Indian journal of veterinary science and animal husbandry - Volumes 15-17, 1948-1951
Year: 1948
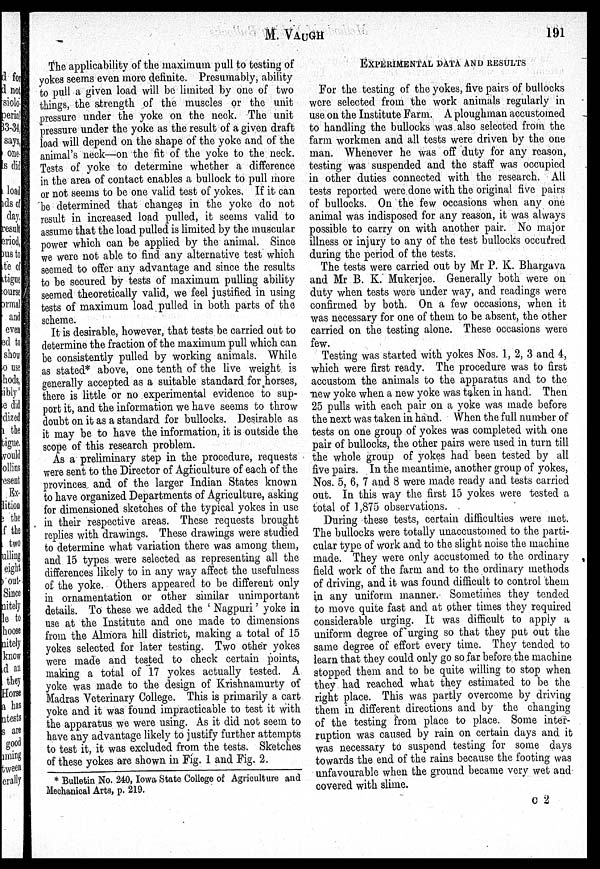
M.
VAUGH
191
The applicability of the maximum pull to testing of
yokes seems even more definite. Presumably, ability
to pull a given load will be limited by one of two
things, the strength of the muscles or the unit
pressure under the yoke on the neck. The unit
pressure under the yoke as the result of a given draft
load will depend on the shape of the yoke and of the
animal's neck—on the fit of the yoke to the neck.
Tests of yoke to determine whether a difference
in the area of contact enables a bullock to pull more
or not seems to be one valid test of yokes. If it can
be determined that changes in the yoke do not
result in increased load pulled, it seems valid to
assume that the load pulled is limited by the muscular
power which can be applied by the animal. Since
we were not able to find any alternative test which
seemed to offer any advantage and since the results
to be secured by tests of maximum pulling ability
seemed theoretically valid, we feel justified in using
tests of maximum load pulled in both parts of the
scheme.
It is desirable, however, that tests be carried out to
determine the fraction of the maximum pull which can
be consistently pulled by working animals. While
as stated* above, one tenth of the live weight is
generally accepted as a suitable standard for horses,
there is little or no experimental evidence to sup-
port it, and the information we have seems to throw
doubt on it as a standard for bullocks. Desirable as
it may be to have the information, it is outside the
scope of this research problem.
As a preliminary step in the procedure, requests
were sent to the Director of Agriculture of each of the
provinces and of the larger Indian States known
to have organized Departments of Agriculture, asking
for dimensioned sketches of the typical yokes in use
in their respective areas. These requests brought
replies with drawings. These drawings were studied
to determine what variation there was among them,
and 15 types were selected as representing all the
differences likely to in any way affect the usefulness
of the yoke. Others appeared to be different only
in ornamentation or other similar unimportant
details. To these we added the 'Nagpuri' yoke in
use at the Institute and one made to dimensions
from the Almora hill district, making a total of 15
yokes selected for later testing. Two other yokes
were made and tested to check certain points,
making a total of 17 yokes actually tested. A
yoke was made to the design of Krishnamurty of
Madras Veterinary College. This is primarily a cart
yoke and it was found impracticable to test it with
the apparatus we were using. As it did not seem to
have any advantage likely to justify further attempts
to test it, it was excluded from the tests. Sketches
of these yokes are shown in Fig. 1 and Fig. 2.
EXPERIMENTAL DATA AND RESULTS
For the testing of the yokes, five pairs of bullocks
were selected from the work animals regularly in
use on the Institute Farm. A ploughman accustomed
to handling the bullocks was also selected from the
farm workmen and all tests were driven by the one
man. Whenever he was off duty for any reason,
testing was suspended and the staff was occupied
in other duties connected with the research. All
tests reported were done with the original five pairs
of bullocks. On the few occasions when any one
animal was indisposed for any reason, it was always
possible to carry on with another pair. No major
illness or injury to any of the test bullocks occurred
during the period of the tests.
The tests were carried out by Mr P. K. Bhargava
and Mr B. K. Mukerjee. Generally both were on
duty when tests were under way, and readings were
confirmed by both. On a few occasions, when it
was necessary for one of them to be absent, the other
carried on the testing alone. These occasions were
few.
Testing was started with yokes Nos. 1, 2, 3 and 4,
which were first ready. The procedure was to first
accustom the animals to the apparatus and to the
new yoke when a new yoke was taken in hand. Then
25 pulls with each pair on a yoke was made before
the next was taken in hand. When the full number of
tests on one group of yokes was completed with one
pair of bullocks, the other pairs were used in turn till
the whole group of yokes had been tested by all
five pairs. In the meantime, another group of yokes,
Nos. 5, 6, 7 and 8 were made ready and tests carried
out. In this way the first 15 yokes were tested a
total of 1,875 observations.
During these tests, certain difficulties were met.
The bullocks were totally unaccustomed to the parti-
cular type of work and to the slight noise the machine
made. They were only accustomed to the ordinary
field work of the farm and to the ordinary methods
of driving, and it was found difficult to control them
in any uniform manner. Sometimes they tended
to move quite fast and at other times they required
considerable urging. It was difficult to apply a
uniform degree of urging so that they put out the
same degree of effort every time. They tended to
learn that they could only go so far before the machine
stopped them and to be quite willing to stop when
they had reached what they estimated to be the
right place. This was partly overcome by driving
them in different directions and by the changing
of the testing from place to place. Some inter-
ruption was caused by rain on certain days and it
was necessary to suspend testing for some days
towards the end of the rains because the footing was
unfavourable when the ground became very wet and
covered with slime.
* Bulletin No. 240, Iowa State College of Agriculture and
Mechanical Arts, p. 219.
C 2